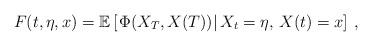
LaTeX: \begin{align*}F(t,\eta,x) = \mathbb{E}\left [\left . \Phi(X_T,X(T)) \right | X_t = \eta, \, X(t) = x\right ]\, ,\end{align*}